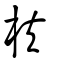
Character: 枎